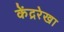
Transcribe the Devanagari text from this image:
केंद्ररेखा